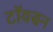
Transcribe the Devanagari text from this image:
टॉयसन